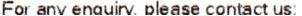
FOR ANY ENQUIRY, PLEASE CONTACT US: